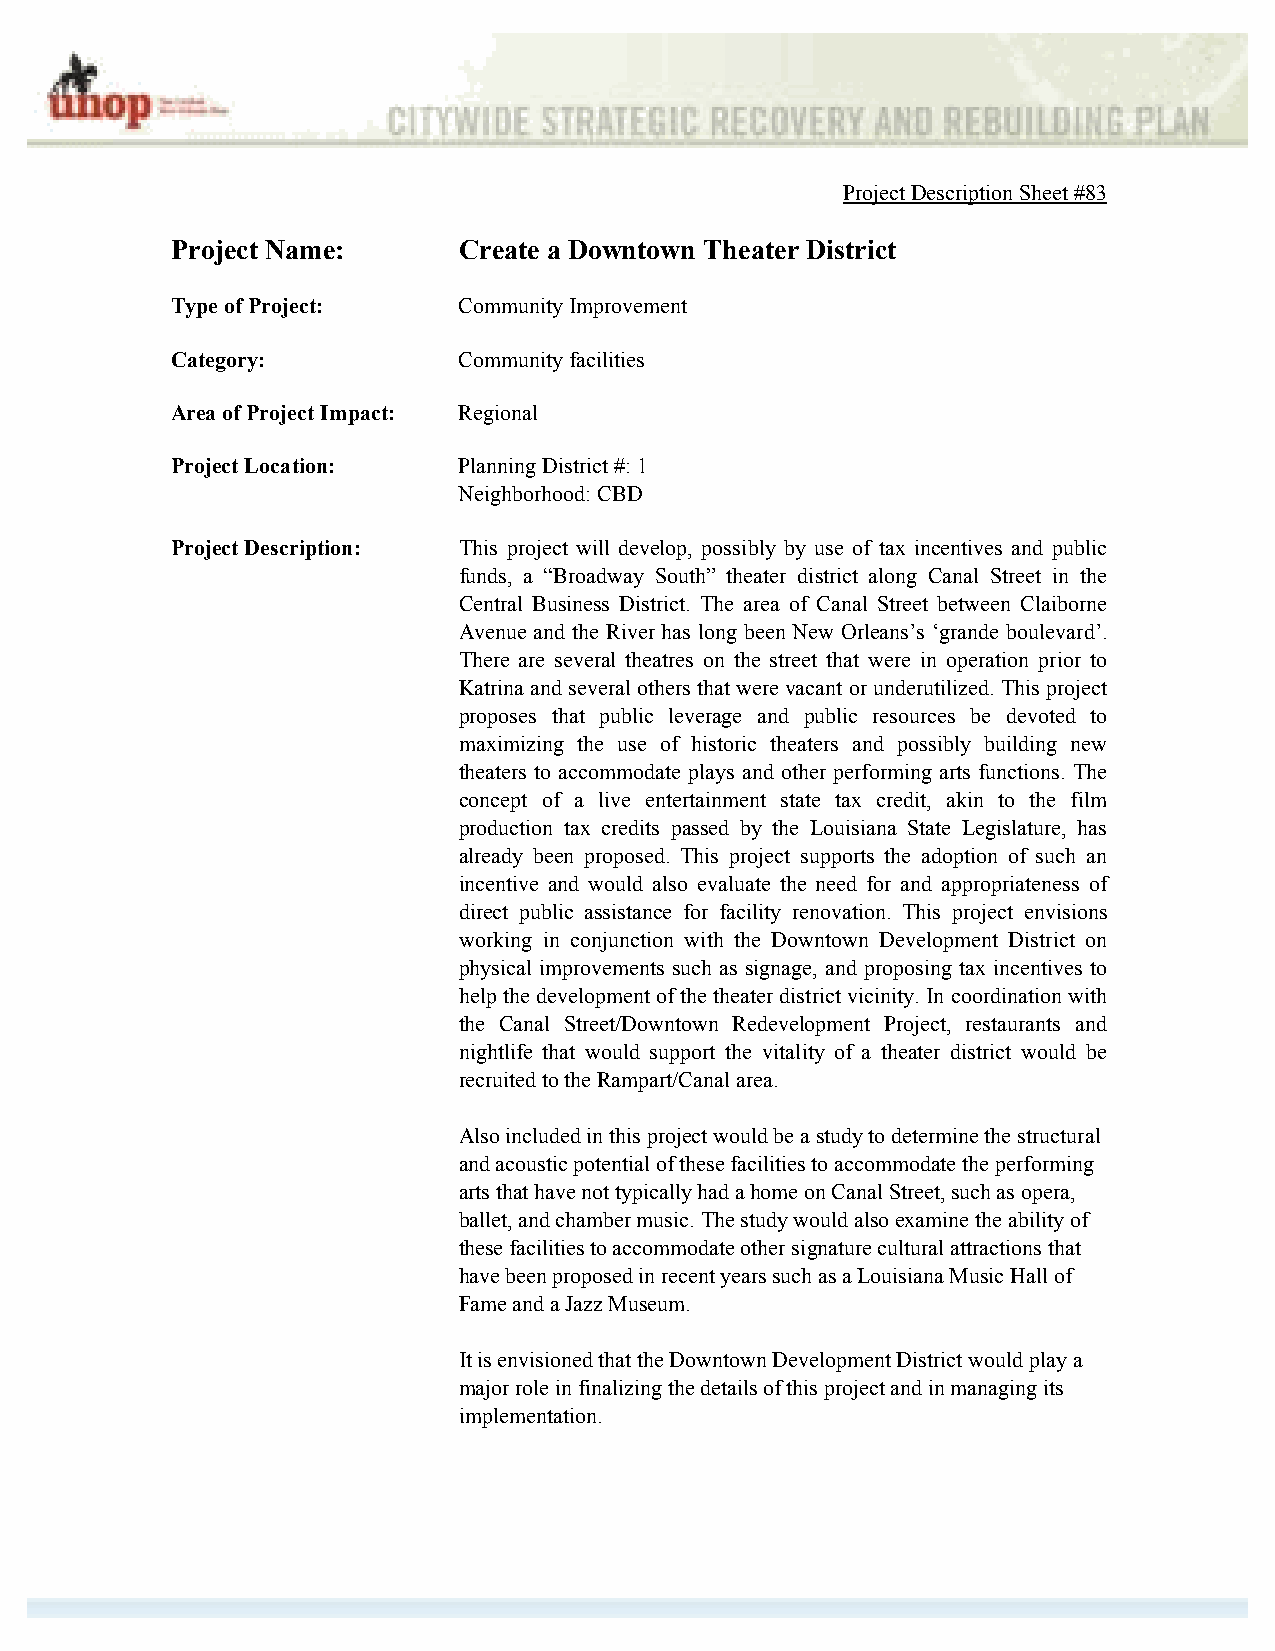
Project Description Sheet #83
 Project Name:      Create a Downtown Theater District
 Type of Project:   Community Improvement
 Category:          Community facilities
 Area of Project Impact: Regional
 Project Location:  Planning District #: 1
 Neighborhood: CBD
 Project Description: This project will develop, possibly by use of tax incentives and public
 funds, a “Broadway South” theater district along Canal Street in the
 Central Business District. The area of Canal Street between Claiborne
 Avenue and the River has long been New Orleans’s ‘grande boulevard’.
 There are several theatres on the street that were in operation prior to
 Katrina and several others that were vacant or underutilized. This project
 proposes that public leverage and public resources be devoted to
 maximizing the use of historic theaters and possibly building new
 theaters to accommodate plays and other performing arts functions. The
 concept of a live entertainment state tax credit, akin to the film
 production tax credits passed by the Louisiana State Legislature, has
 already been proposed. This project supports the adoption of such an
 incentive and would also evaluate the need for and appropriateness of
 direct public assistance for facility renovation. This project envisions
 working in conjunction with the Downtown Development District on
 physical improvements such as signage, and proposing tax incentives to
 help the development of the theater district vicinity. In coordination with
 the Canal Street/Downtown Redevelopment Project, restaurants and
 nightlife that would support the vitality of a theater district would be
 recruited to the Rampart/Canal area.
 Also included in this project would be a study to determine the structural
 and acoustic potential of these facilities to accommodate the performing
 arts that have not typically had a home on Canal Street, such as opera,
 ballet, and chamber music. The study would also examine the ability of
 these facilities to accommodate other signature cultural attractions that
 have been proposed in recent years such as a Louisiana Music Hall of
 Fame and a Jazz Museum.
 It is envisioned that the Downtown Development District would play a
 major role in finalizing the details of this project and in managing its
 implementation.